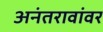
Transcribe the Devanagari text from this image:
अनंतरावांवर